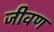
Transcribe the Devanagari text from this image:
जीवण